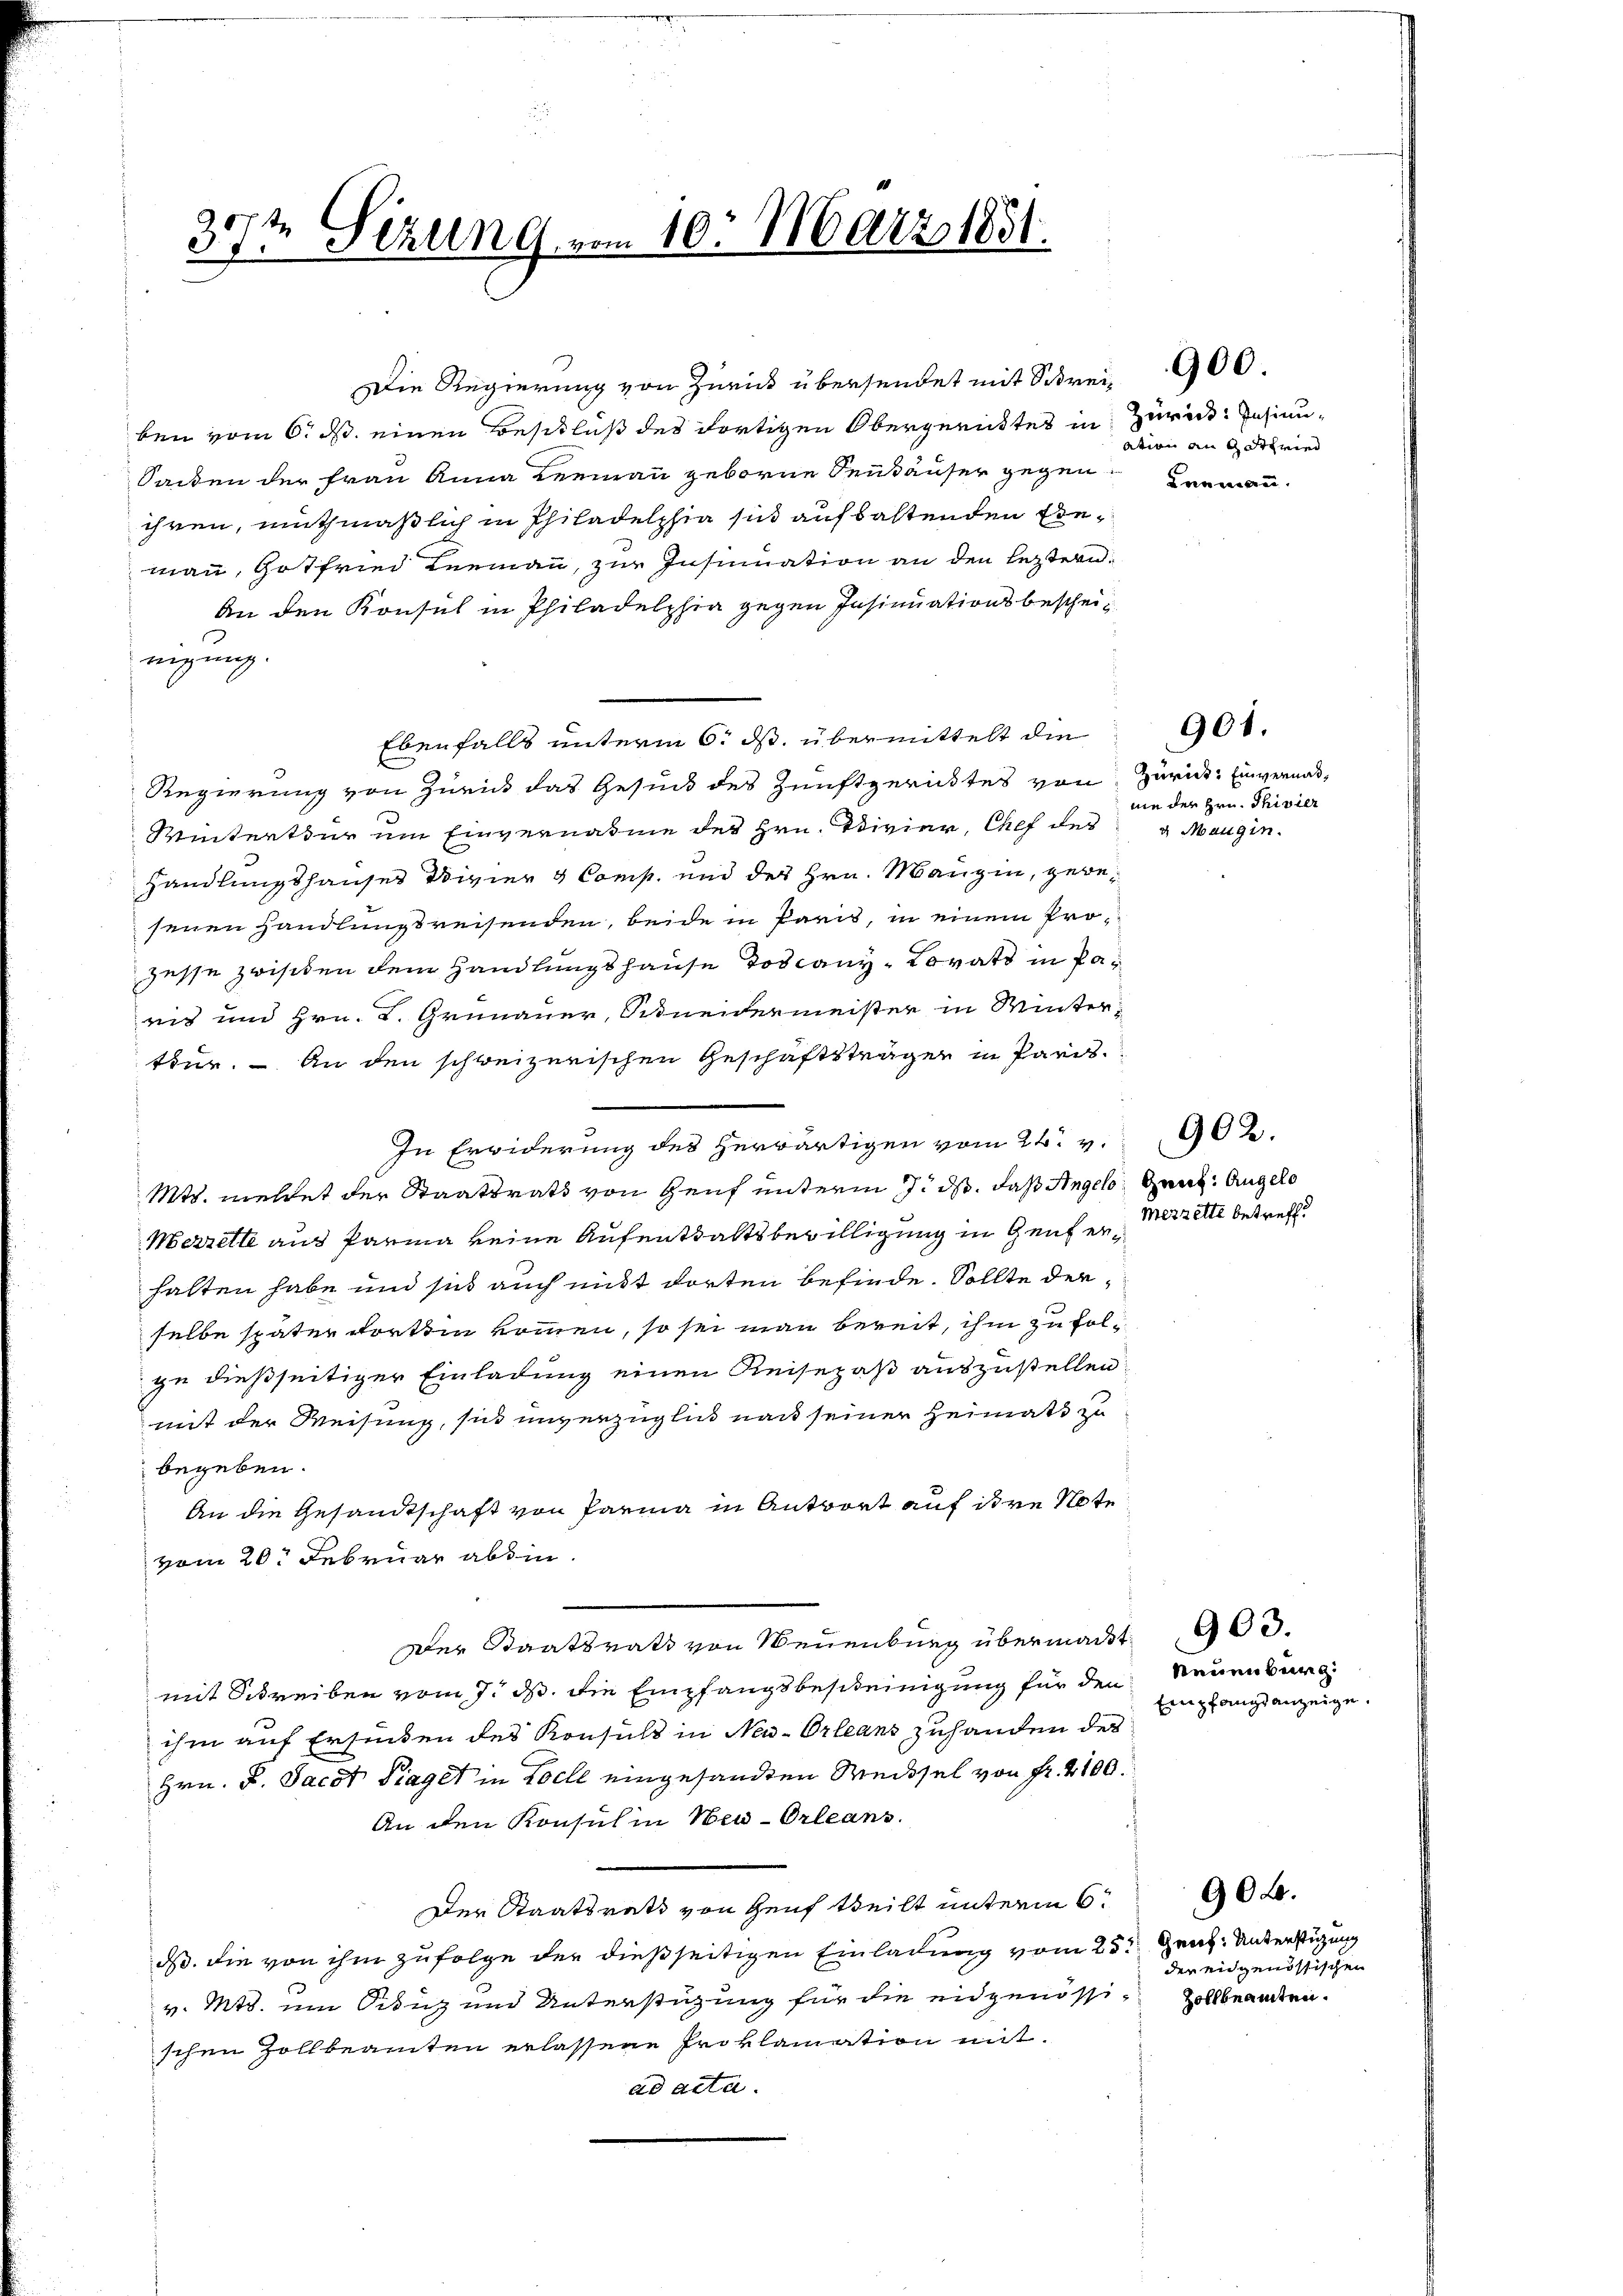
39t Sezung vom 10. März 1851.

Die Regierung von Zurück übersendet mit Schrei 900.

ben vom 6. ds. einen Beschluß des dortigen Obergerichtes in Zurück. Insinu¬
Saiden der Frau Anna Leemann geborne denkäuser gegen Hermannihren, muthmaßlich in Philadelphia sich auf baltenden Einmann, Gotfried Leemann, zur Insinuation an den leztern.
An den Konsul in Philadelphia gegen Insinuationsbescheinigung.
Ebenfalls unterm 6. ds. übermittelt die
Regierung von Zürick das Gesuch des Zunftgerichtes von
Winterthur um Einvernahme der Hrn. Divier, Chef des
Handlungshauses Divier & Comp. und des Hrn. Mangin, gebesenen Handlungsreisenden, beide in Paris, in einem Prozesse zwischen dem Handlungshause Toscany-Lovato in Panis und Hrn. K. Grünauer, Schneidermeister in Winter-
ttur. — An den schweizerischen Geschäftsträgen in Pard.
In Erwiderung des herwärtigen vom 24. v. 902.
Mts. meldet der Staatsrath von Genf unterm 7. ds. daß Angelo, Graz. Angelo
Merzelle aus Parma keine Aufenthaltsbewilligung in Genf erhalten habe und sich auch mit dorten befinde. Sollte der
selbe später dortsein kommen, so sei man bereit, ihm zu folge dießseitiger Einladung einen Reisepaß auszustellen
mit der Weisung, sich unverzüglich nach seiner Heimats zu
begeben.
An die Gesandtschaft von Parma in Antwort auf ihre Note
vom 20. Februar absin
Der Staatsrath von Neuenburg übermaß
mit Schreiben vom 7. ds. die Empfangsbescheinigung für den
ihm auf Erfinden des Konsuls in New-Orleans zuhanden des
Hrn. F. Jacot Piaget in Loche eingesandten Weissel von Fr. 2100
An den Konsul in Neu-Orleans.
Der Staatsrath von Genf theilt unterm 6.
dß die von ihm zufolge der dießseitigen Einladung vom 2
v. Mts. um Absich und Unterstüzung für die eidgenössi
schen Zollbeamten erlassene Proklamation mit
ad acta.

ation an getried

Zurück. Einvernahnie der Hrn. Thivier
u. Mangin.

901.

Mezzette betreff

Neuenburg.
Empfangsanzeige.

903.

Genf. Unterstüzung
der eidgenössischen
 Zollbeamten.

90.